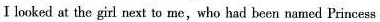
I looked at the girl next to me, who had been named Princess